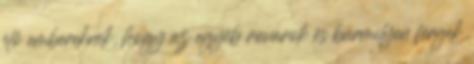
élő embereknek, hogy az egyéb rovarok és bármilyen férgek